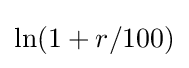
\ln(1+r/100)